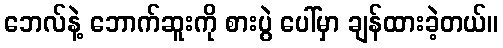
ဘေလ်နဲ့ ဘောက်ဆူးကို စားပွဲ ပေါ်မှာ ချန်ထားခဲ့တယ်။